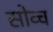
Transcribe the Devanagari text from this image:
सोव्च